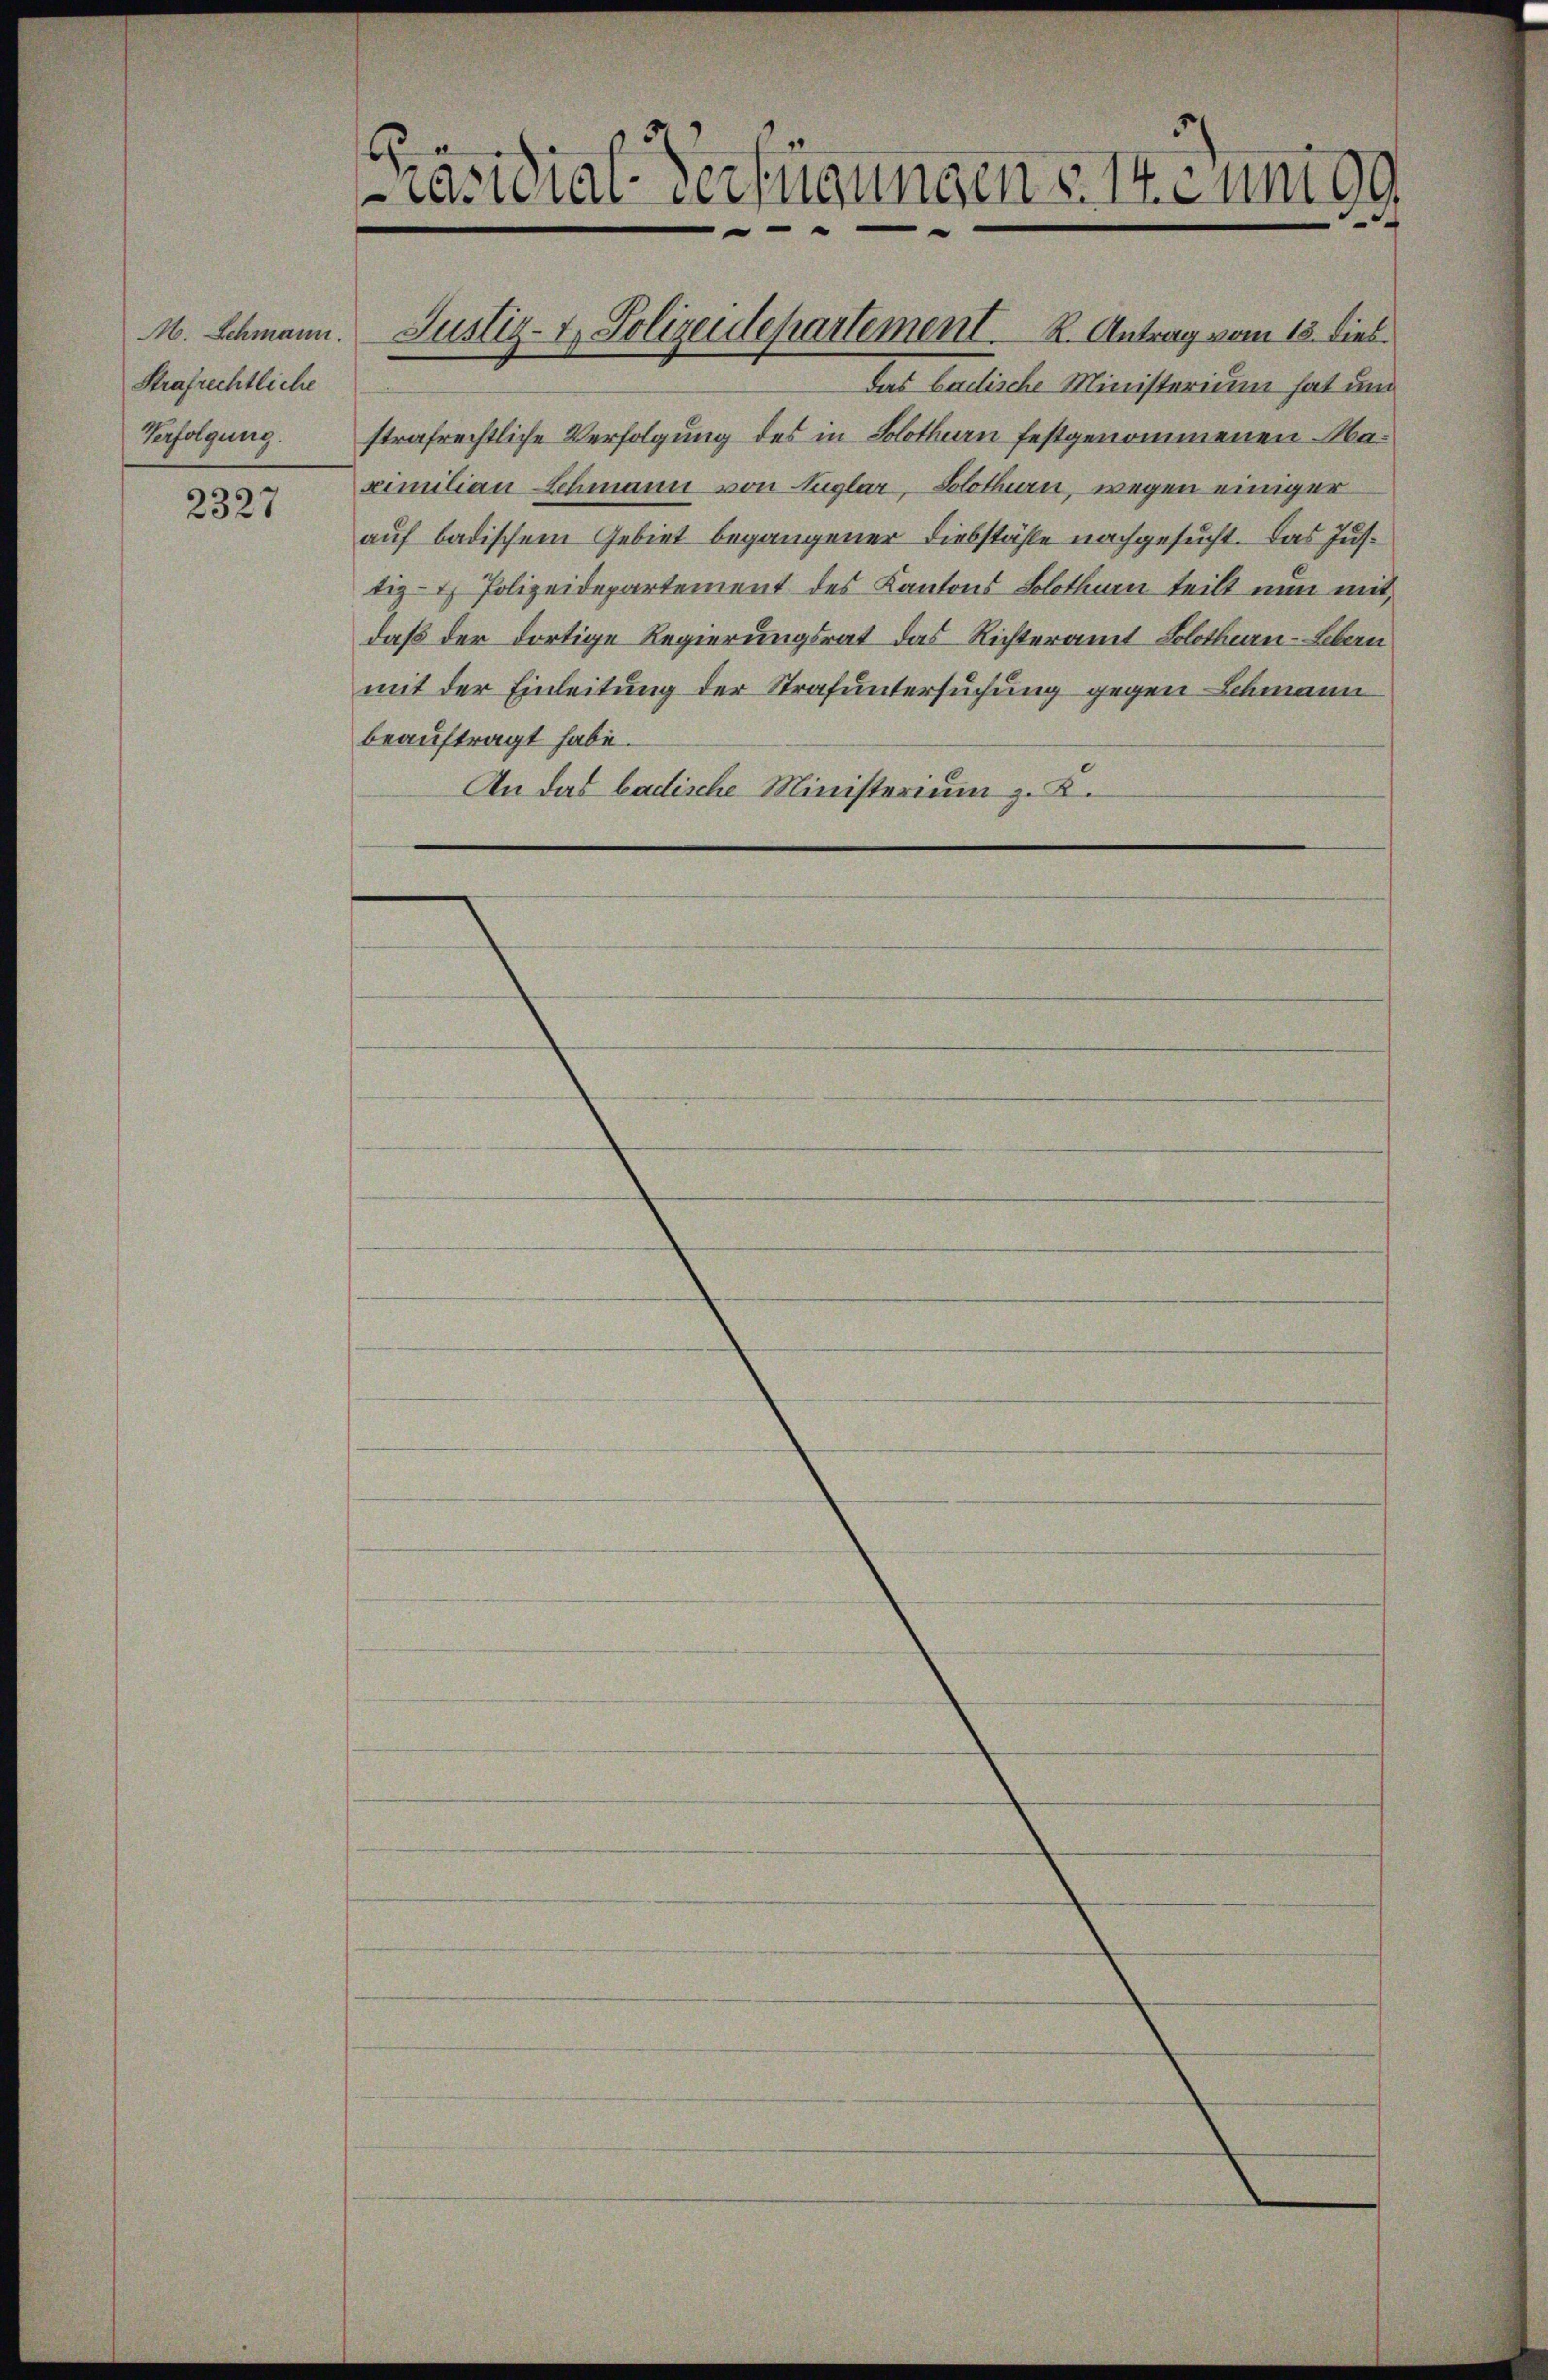
M. Schmann.
Strafrechtliche
Verfolgung.

2327

cacidial-Verfügungen 17. und 99

das badische Ministerium hat und
strafrechtliche Verfolgung des in Solothurn festgenommenen Naximilian Schmann von Aigler, Solothurn, wegen einiger
auf badischem Gebiet begangener Liebstähle nachgesucht. Das Justig- & Polizeidepartement des Kantons Solothurn teilt nun mit
daß der dortige Regierungsrat das Richteramt Solothurn - Lebern
mit der Einleitung der Strafuntersuchung gegen Schmann
beauftragt habe.
An das badische Ministerium z. B.

Justiz- & Polizeidepartement. K. Antrag vom 13. dies